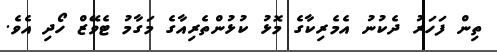
ތިން ފަހަރު ދެކުނު އެމެރިކާގެ މޮޅު ކުޅުންތެރިއާގެ މަގާމު ޓެެވޭޒް ހޯދި އެވެ.